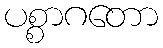
ပစ္စာဂတော